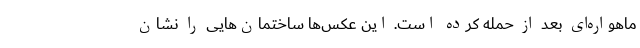
ماهواره‌ای بعد از حمله کرده است. این عکس‌ها ساختمان‌هایی را نشان